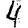
Digit: 4